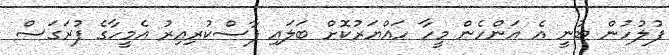
ފުލުހުން ބުނީ އެ އަންހެން މީހާ ހައްޔަރުކޮށް ބަލައި ފާސްކުރިއިރު އެމީހާގެ ފުރަގަސް